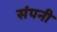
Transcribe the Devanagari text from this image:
संपनी